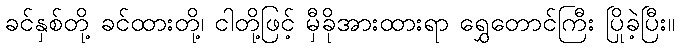
ခင်နှစ်တို့ ခင်ထားတို့၊ ငါတို့ဖြင့် မှီခိုအားထားရာ ရွှေတောင်ကြီး ပြိုခဲ့ပြီး။